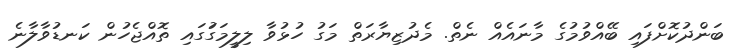
ބަންދުކޮށްފައި ބޭއްވުމުގެ މާނައެއް ނެތް. މެދުޒިޔާރަތް މަގު ހުޅުވާ ލިލީމަގަުގައި ތޮއްޖެހުން ކަނޑުވާލާނެ